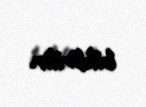
bildirilir.